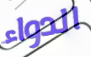
الدواء